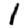
Digit: 1